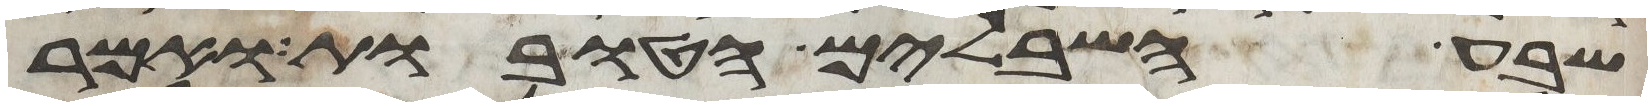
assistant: שבע השבלים הטובות ואמר